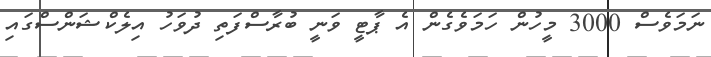
ނަމަވެސް 3000 މީހުން ހަމަވެގެން އެ ޕާޓީ ވަނީ ބުރާސްފަތި ދުވަހު އިލެކްޝަންސްގައި